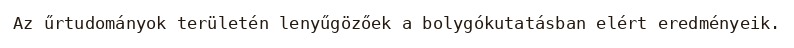
Az űrtudományok területén lenyűgözőek a bolygókutatásban elért eredményeik.